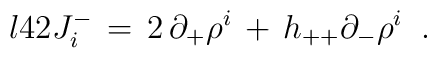
\l{42}J^-_i\,=\,2\,\partial_+ \rho^i\,+\,h_{++} \partial_- \rho^i\;\;.